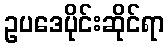
ဥပဒေပိုင်းဆိုင်ရာ